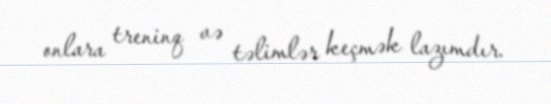
onlara treninq və təlimlər keçmək lazımdır.